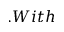
. W i t h